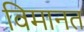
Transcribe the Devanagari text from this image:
विमानत